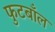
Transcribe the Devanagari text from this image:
फुटबाँल